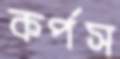
কর্পস